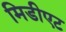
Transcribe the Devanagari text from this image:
मिडीएट